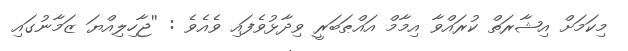
މިކަމަށް އިޝާރަތް ކުރައްވާ އިމާމް އައްޠަބަރީ ވިދާޅުވެފައި ވެއެވެ : ''ޖާހިލިއްޔަ ޒަމާނުގައި